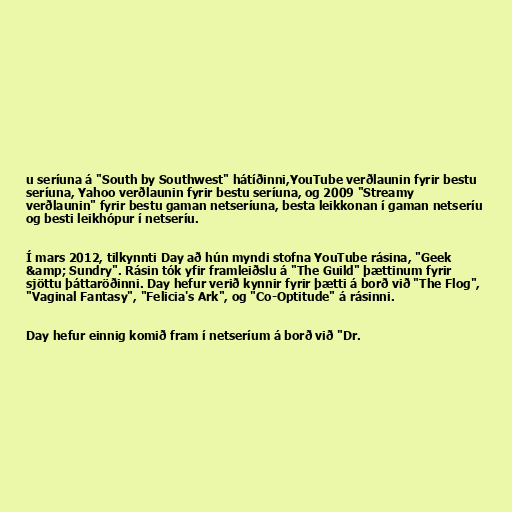
u seríuna á "South by Southwest" hátíðinni,YouTube verðlaunin fyrir bestu
seríuna, Yahoo verðlaunin fyrir bestu seríuna, og 2009 "Streamy
verðlaunin" fyrir bestu gaman netseríuna, besta leikkonan í gaman netseríu
og besti leikhópur í netseríu.

Í mars 2012, tilkynnti Day að hún myndi stofna YouTube rásina, "Geek
&amp; Sundry". Rásin tók yfir framleiðslu á "The Guild" þættinum fyrir
sjöttu þáttaröðinni. Day hefur verið kynnir fyrir þætti á borð við "The Flog",
"Vaginal Fantasy", "Felicia's Ark", og "Co-Optitude" á rásinni.

Day hefur einnig komið fram í netseríum á borð við "Dr.